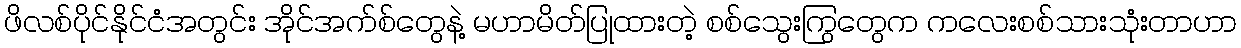
ဖိလစ်ပိုင်နိုင်ငံအတွင်း အိုင်အက်စ်တွေနဲ့ မဟာမိတ်ပြုထားတဲ့ စစ်သွေးကြွတွေက ကလေးစစ်သားသုံးတာဟာ